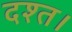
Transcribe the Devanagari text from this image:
दश्त।